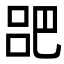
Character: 𫶷